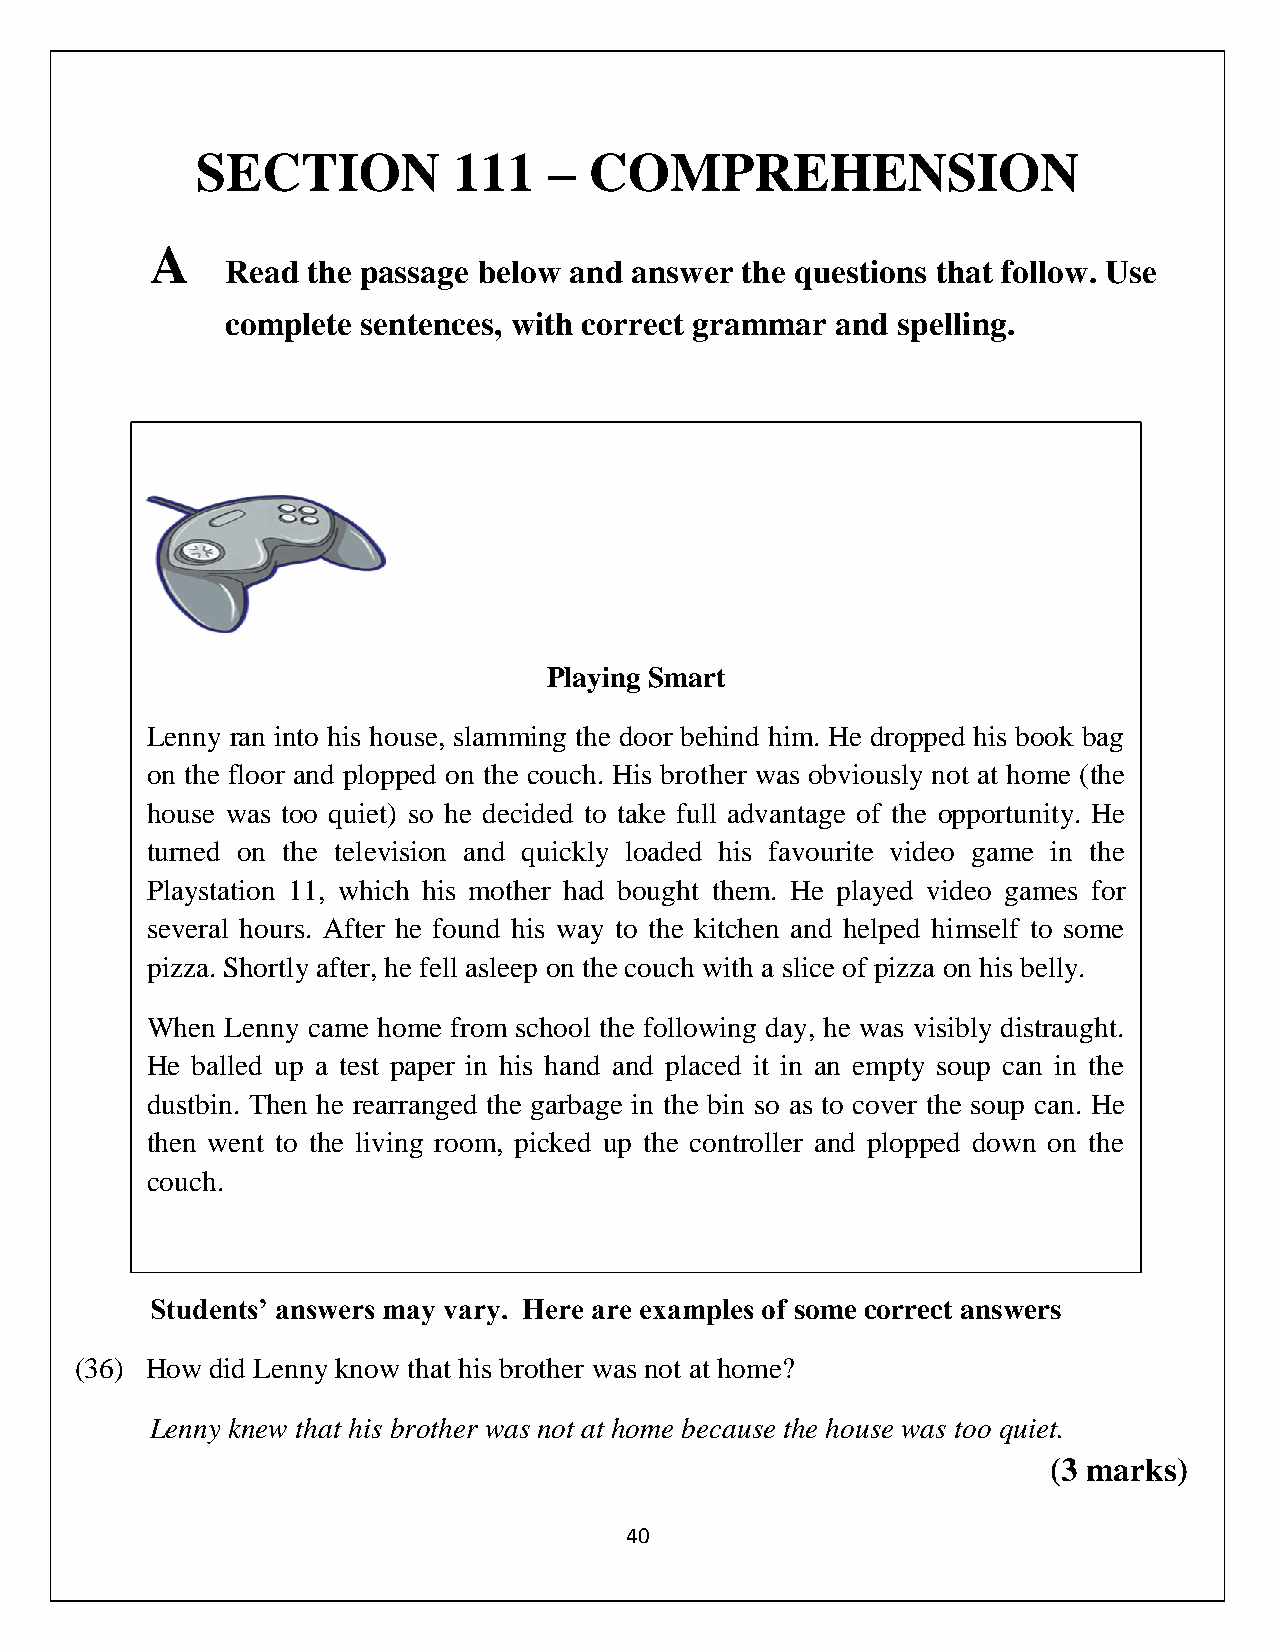
SECTION          111   –  COMPREHENSION
 A
 Read the passage below and answer the questions that follow. Use
 complete sentences, with correct grammar and spelling.
 Playing Smart
 Lenny ran into his house, slamming the door behind him. He dropped his book bag
 on the floor and plopped on the couch. His brother was obviously not at home (the
 house was too quiet) so he decided to take full advantage of the opportunity. He
 turned on the television and quickly loaded his favourite video game in the
 Playstation 11, which his mother had bought them. He played video games for
 several hours. After he found his way to the kitchen and helped himself to some
 pizza. Shortly after, he fell asleep on the couch with a slice of pizza on his belly.
 When Lenny came home from school the following day, he was visibly distraught.
 He balled up a test paper in his hand and placed it in an empty soup can in the
 dustbin. Then he rearranged the garbage in the bin so as to cover the soup can. He
 then went to the living room, picked up the controller and plopped down on the
 couch.
 Students’ answers may vary. Here are examples of some correct answers
 (36) How did Lenny know that his brother was not at home?
 Lenny knew that his brother was not at home because the house was too quiet.
 (3 marks)
 40